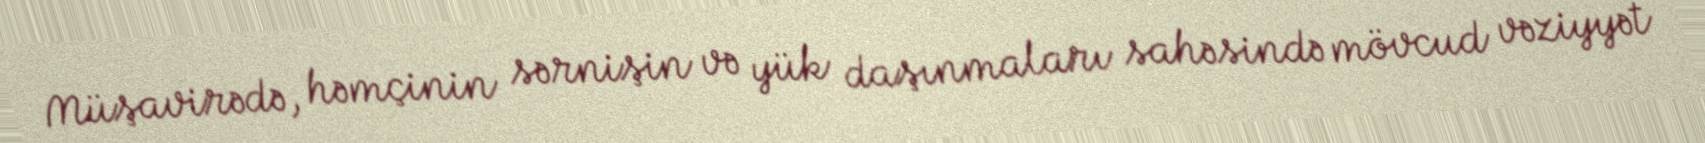
Müşavirədə, həmçinin sərnişin və yük daşınmaları sahəsində mövcud vəziyyət